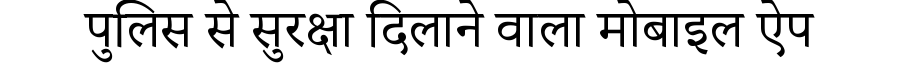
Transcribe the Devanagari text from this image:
पुलिस से सुरक्षा दिलाने वाला मोबाइल ऐप